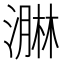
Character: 𭲡